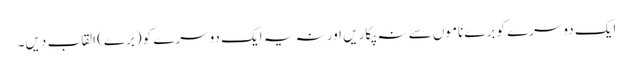
ایک دوسرے کو برے ناموں سے نہ پکاریں اور نہ یہ ایک دوسرے کو (برے) القاب دیں۔